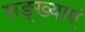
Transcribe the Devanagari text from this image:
सङ्ख्याएं